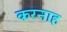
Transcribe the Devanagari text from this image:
करनाह